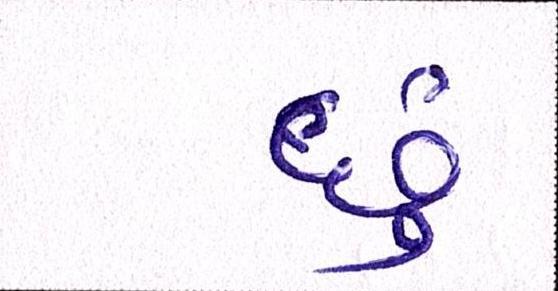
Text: છું